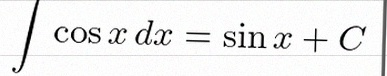
\int \cos x\,dx=\sin x+C